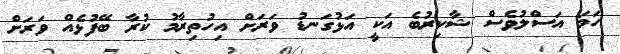
ހަމަ އަސްލުވެސް ޝާކިރުބެ އަކީ އަޅުގަނޑު ވަރަށް އިހުތިރާމު ކުރާ ބޭފުޅެއް ވަރަށް